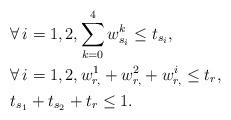
LaTeX: \begin{align*}& \forall\,i=1,2, \sum_{k=0}^{4} w^{k}_{s_i} \leq t_{s_i}, \\& \forall\,i=1,2, w^{1}_{r,}+w^{2}_{r,}+w^{i}_{r,} \leq t_r, \\& t_{s_1} + t_{s_2} + t_r \leq 1. \end{align*}